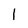
Character: l